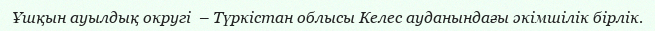
Ұшқын ауылдық округі  – Түркістан облысы Келес ауданындағы әкімшілік бірлік.